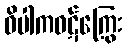
ဝိပါကဝဋ်ကြွေး